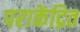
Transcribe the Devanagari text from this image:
पराकेंद्रित